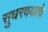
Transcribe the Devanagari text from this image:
सुधरवयाचे